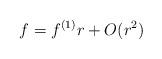
LaTeX: \begin{align*}f = f^{(1)} r + O(r^2)\end{align*}